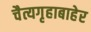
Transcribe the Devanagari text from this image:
चैत्यगृहाबाहेर